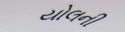
યોલની